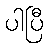
ပါပြီ